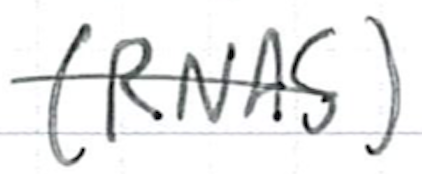
Text: (RNAS)
Cross-out: single-line
Writing tool: ballpoint